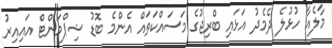
މާލެއާ ހުޅުލެ ދެމެދު އަޅައި ބްރިޖުގެ މަސައްކަތައް އެންމެ ބޮޑު ޝިޕްމަންޓް އައިއިރު